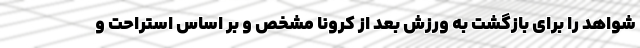
شواهد را برای بازگشت به ورزش بعد از کرونا مشخص و بر اساس استراحت و